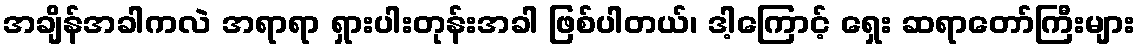
အချိန်အခါကလဲ အရာရာ ရှားပါးတုန်းအခါ ဖြစ်ပါတယ်၊ ဒါ့ကြောင့် ရှေး ဆရာတော်ကြီးများ